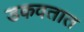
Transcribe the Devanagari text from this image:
डकवतात